Lyperosia minuta, Bezzi - Number 59
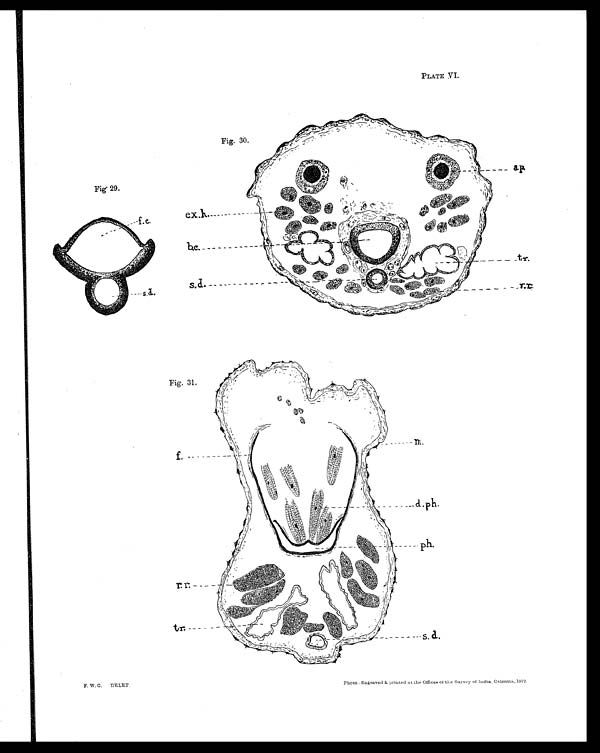
PLATE. VI.
Fig. 30.
Fig 29.
Fig. 31.
F. W. C. DELET.
Photo.-Engraved & printed at the Offices of the Survey of India, Calcutta, 1912.